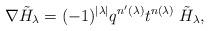
LaTeX: \begin{align*}\nabla \tilde H_\lambda = (-1)^{|\lambda|} q^{n'(\lambda)} t^{n(\lambda)}\; \tilde H_\lambda,\end{align*}